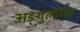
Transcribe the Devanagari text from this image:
अङ्गुल्योरेव